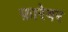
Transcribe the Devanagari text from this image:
फ़ारेवर